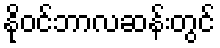
နိုဝင်ဘာလဆန်းတွင်